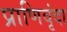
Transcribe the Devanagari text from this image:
प्राणिवृंदा